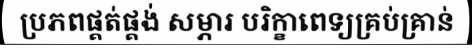
ប្រភពផ្គត់ផ្គង់ សម្ភារ បរិក្ខាពេទ្យគ្រប់គ្រាន់